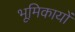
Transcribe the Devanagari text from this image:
भूमिकायों